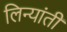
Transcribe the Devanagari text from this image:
लिन्यांती